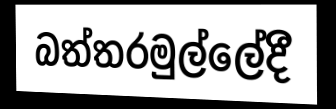
බත්තරමුල්ලේදී